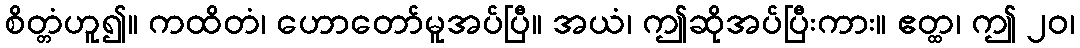
စိတ္တံဟူ၍။ ကထိတံ၊ ဟောတော်မူအပ်ပြီ။ အယံ၊ ဤဆိုအပ်ပြီးကား။ ဧတ္ထ၊ ဤ ၂၀၊